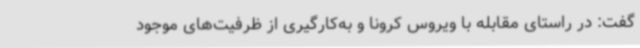
گفت: در راستای مقابله با ویروس کرونا و به‌کارگیری از ظرفیت‌های موجود